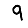
Digit: 9